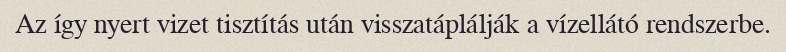
Az így nyert vizet tisztítás után visszatáplálják a vízellátó rendszerbe.